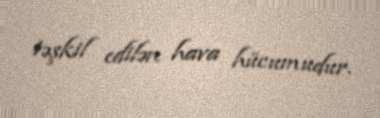
təşkil edilən hava hücumudur.